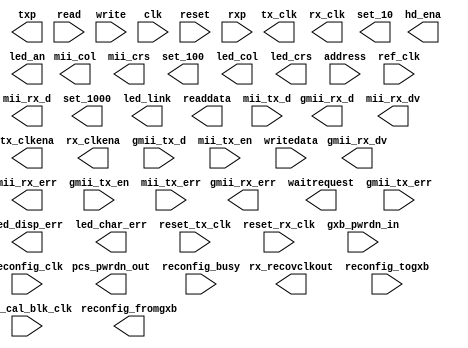
// Generated by Triple Speed Ethernet 12.0 [Altera, IP Toolbench 1.3.0 Build 263.9]
// ************************************************************
// THIS IS A WIZARD-GENERATED FILE. DO NOT EDIT THIS FILE!
// ************************************************************
// Copyright (C) 1991-2012 Altera Corporation
// Any megafunction design, and related net list (encrypted or decrypted),
// support information, device programming or simulation file, and any other
// associated documentation or information provided by Altera or a partner
// under Altera's Megafunction Partnership Program may be used only to
// program PLD devices (but not masked PLD devices) from Altera.  Any other
// use of such megafunction design, net list, support information, device
// programming or simulation file, or any other related documentation or
// information is prohibited for any other purpose, including, but not
// limited to modification, reverse engineering, de-compiling, or use with
// any other silicon devices, unless such use is explicitly licensed under
// a separate agreement with Altera or a megafunction partner.  Title to
// the intellectual property, including patents, copyrights, trademarks,
// trade secrets, or maskworks, embodied in any such megafunction design,
// net list, support information, device programming or simulation file, or
// any other related documentation or information provided by Altera or a
// megafunction partner, remains with Altera, the megafunction partner, or
// their respective licensors.  No other licenses, including any licenses
// needed under any third party's intellectual property, are provided herein.

module sgmii (
	gmii_rx_d,
	gmii_rx_dv,
	gmii_rx_err,
	tx_clk,
	rx_clk,
	mii_rx_d,
	mii_rx_dv,
	mii_rx_err,
	mii_col,
	mii_crs,
	set_10,
	set_100,
	set_1000,
	hd_ena,
	led_col,
	led_crs,
	led_an,
	led_disp_err,
	led_char_err,
	led_link,
	tx_clkena,
	rx_clkena,
	rx_recovclkout,
	readdata,
	waitrequest,
	txp,
	pcs_pwrdn_out,
	reconfig_fromgxb,
	gmii_tx_d,
	gmii_tx_en,
	gmii_tx_err,
	mii_tx_d,
	mii_tx_en,
	mii_tx_err,
	reset_tx_clk,
	reset_rx_clk,
	address,
	read,
	writedata,
	write,
	clk,
	reset,
	rxp,
	ref_clk,
	gxb_pwrdn_in,
	gxb_cal_blk_clk,
	reconfig_clk,
	reconfig_togxb,
	reconfig_busy);

	output	[7:0]	gmii_rx_d;
	output		gmii_rx_dv;
	output		gmii_rx_err;
	output		tx_clk;
	output		rx_clk;
	output	[3:0]	mii_rx_d;
	output		mii_rx_dv;
	output		mii_rx_err;
	output		mii_col;
	output		mii_crs;
	output		set_10;
	output		set_100;
	output		set_1000;
	output		hd_ena;
	output		led_col;
	output		led_crs;
	output		led_an;
	output		led_disp_err;
	output		led_char_err;
	output		led_link;
	output		tx_clkena;
	output		rx_clkena;
	output		rx_recovclkout;
	output	[15:0]	readdata;
	output		waitrequest;
	output		txp;
	output		pcs_pwrdn_out;
	output	[4:0]	reconfig_fromgxb;
	input	[7:0]	gmii_tx_d;
	input		gmii_tx_en;
	input		gmii_tx_err;
	input	[3:0]	mii_tx_d;
	input		mii_tx_en;
	input		mii_tx_err;
	input		reset_tx_clk;
	input		reset_rx_clk;
	input	[4:0]	address;
	input		read;
	input	[15:0]	writedata;
	input		write;
	input		clk;
	input		reset;
	input		rxp;
	input		ref_clk;
	input		gxb_pwrdn_in;
	input		gxb_cal_blk_clk;
	input		reconfig_clk;
	input	[3:0]	reconfig_togxb;
	input		reconfig_busy;
endmodule